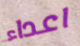
اعداء